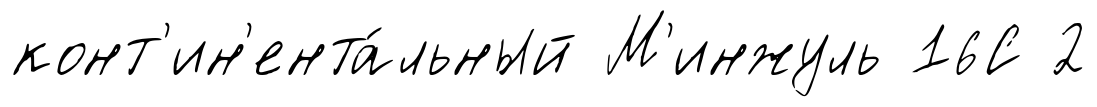
конт'ин'ента́льный М'инжуль 16С 2